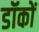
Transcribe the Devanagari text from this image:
डॉकों